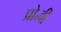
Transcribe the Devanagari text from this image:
प्रो॰वी